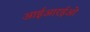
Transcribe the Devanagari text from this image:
आईआरईओ